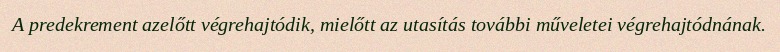
A predekrement azelőtt végrehajtódik, mielőtt az utasítás további műveletei végrehajtódnának.